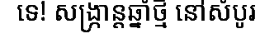
ទេ! សង្ក្រាន្តឆ្នាំថ្មី នៅសំបូរ